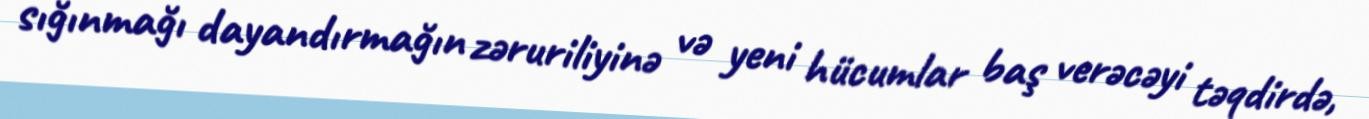
sığınmağı dayandırmağın zəruriliyinə və yeni hücumlar baş verəcəyi təqdirdə,